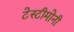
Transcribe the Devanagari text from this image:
टेस्टीमोनी